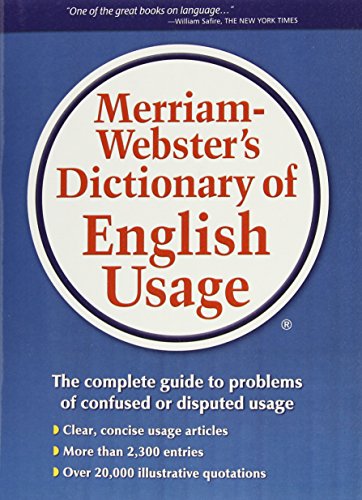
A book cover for Merriam-Webster's Dictionary of English Usage; Merriam-Webster; Reference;